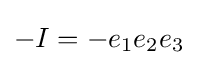
-I=-{e_{1}}{e_{2}}{e_{3}}